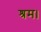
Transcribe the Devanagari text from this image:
श्रम।